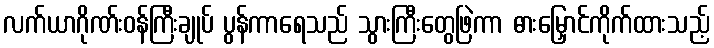
လက်ယာဂိုဏ်းဝန်ကြီးချုပ် ပွန်ကာရေသည် သွားကြီးတွေဖြဲကာ ဓားမြှောင်ကိုက်ထားသည့်